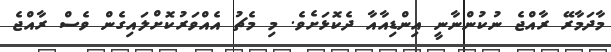
މާދަމާރޭ ރާއްޖެ ނުކުންނާނީ އިންޑިއާއާ ދެކޮޅަށެވެ. މި މެޗު އެއްވަރުކޮށްލައިގެން ވެސް ރާއްޖެ